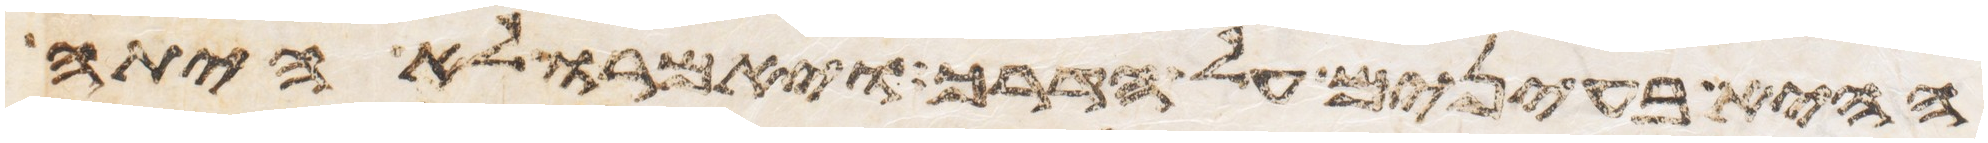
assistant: ההיא בעינים על הדרך ויאמרו לא היתה